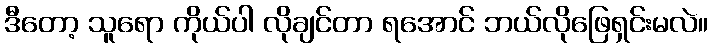
ဒီတော့ သူရော ကိုယ်ပါ လိုချင်တာ ရအောင် ဘယ်လိုဖြေရှင်းမလဲ။